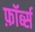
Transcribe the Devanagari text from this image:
फ़ॉर्ब्स